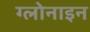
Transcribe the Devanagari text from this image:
ग्लोनाइन